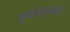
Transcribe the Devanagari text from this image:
मुखशुद्ध्यर्थ